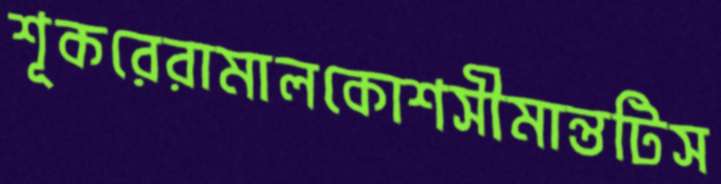
শূকরেরামালকোশসীমান্তটিস